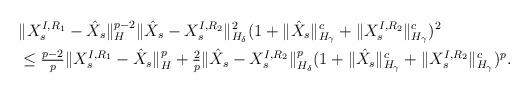
LaTeX: \begin{align*}&\| X_s^{I, R_1} - \hat X_s \|_H^{p-2}\| \hat X_s - X_s^{I, R_2} \|_{H_\delta}^2(1 + \|\hat X_s\|_{H_\gamma}^c + \| X_s^{I, R_2} \|_{H_\gamma}^c )^2\\&\leq\tfrac{p-2}{p}\| X_s^{I, R_1} - \hat X_s \|_H^p+\tfrac{2}{p}\| \hat X_s - X_s^{I, R_2} \|_{H_\delta}^p(1 + \|\hat X_s\|_{H_\gamma}^c + \| X_s^{I, R_2} \|_{H_\gamma}^c )^p.\end{align*}